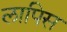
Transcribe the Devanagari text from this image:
लापिस